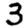
Digit: 3